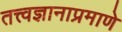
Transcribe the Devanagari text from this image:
तत्त्वज्ञानाप्रमाणे